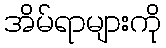
အိမ်ရာများကို